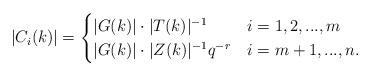
LaTeX: \begin{align*}|C_i(k)| = \begin{cases} |G(k)|\cdot |T(k)|^{-1} & i={1,2,...,m} \\|G(k)|\cdot |Z(k)|^{-1} q^{-r} & i={m+1,...,n}.\end{cases} \end{align*}